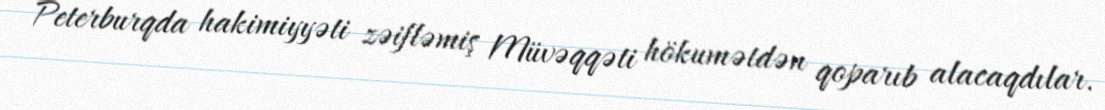
Peterburqda hakimiyyəti zəifləmiş Müvəqqəti hökumətdən qoparıb alacaqdılar.